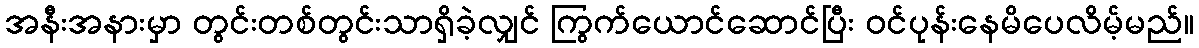
အနီးအနားမှာ တွင်းတစ်တွင်းသာရှိခဲ့လျှင် ကြွက်ယောင်ဆောင်ပြီး ဝင်ပုန်းနေမိပေလိမ့်မည်။